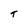
Character: T